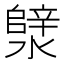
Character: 𪷣